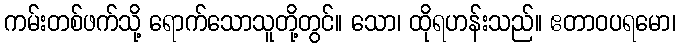
ကမ်းတစ်ဖက်သို့ ရောက်သောသူတို့တွင်။ သော၊ ထိုရဟန်းသည်။ ဧတာဝပရမော၊